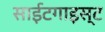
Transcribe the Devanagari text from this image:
साईटगाइस्ट